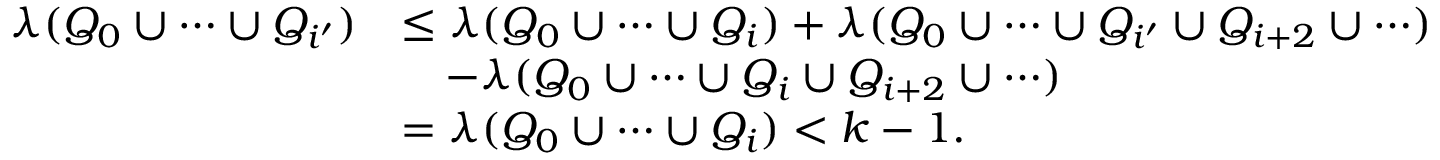
\begin{array} { r l } { \lambda ( Q _ { 0 } \cup \cdots \cup Q _ { i ^ { \prime } } ) } & { \leq \lambda ( Q _ { 0 } \cup \cdots \cup Q _ { i } ) + \lambda ( Q _ { 0 } \cup \cdots \cup Q _ { i ^ { \prime } } \cup Q _ { i + 2 } \cup \cdots ) } \\ & { \quad - \lambda ( Q _ { 0 } \cup \cdots \cup Q _ { i } \cup Q _ { i + 2 } \cup \cdots ) } \\ & { = \lambda ( Q _ { 0 } \cup \cdots \cup Q _ { i } ) < k - 1 . } \end{array}